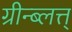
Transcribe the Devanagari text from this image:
ग्रीन्ब्लत्त्